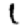
Digit: 1